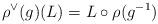
LaTeX: \begin{align*}\rho^\vee(g) (L) = L\circ \rho(g^{-1})\end{align*}